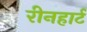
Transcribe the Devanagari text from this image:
रीनहार्ट